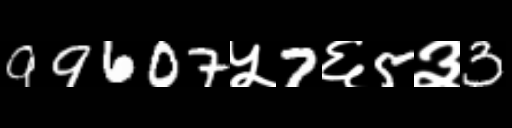
Text: 99607५7६5३3